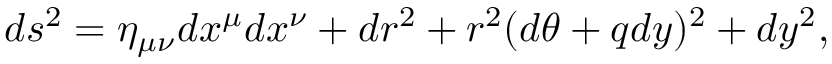
d s ^ { 2 } = \eta _ { \mu \nu } d x ^ { \mu } d x ^ { \nu } + d r ^ { 2 } + r ^ { 2 } ( d \theta + q d y ) ^ { 2 } + d y ^ { 2 } ,